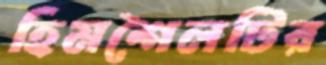
হিমশৈলটির